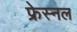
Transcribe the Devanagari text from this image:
फ्रेस्नल